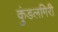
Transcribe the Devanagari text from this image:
कुंडलगिरी